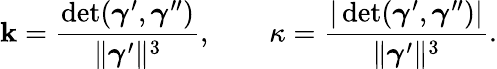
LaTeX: \mathbf{k}={\frac{{\operatorname*{det}({\boldsymbol{\gamma}}^{\prime},{\boldsymbol{\gamma}}^{\prime\prime})}}{{\| {\boldsymbol{\gamma}}^{\prime}\| ^{3}}}},\qquad\kappa={\frac{{|\operatorname*{det}({\boldsymbol{\gamma}}^{\prime},{\boldsymbol{\gamma}}^{\prime\prime})|}}{{\| {\boldsymbol{\gamma}}^{\prime}\| ^{3}}}}.